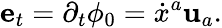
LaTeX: {\mathbf e}_{t}=\partial_{t}\phi_{0}=\dot{x}^{a}{\mathbf u}_{a}.